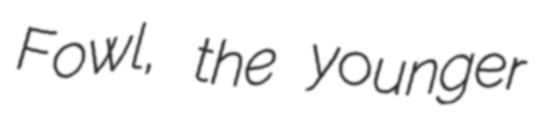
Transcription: Fowl, the younger